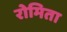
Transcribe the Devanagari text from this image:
रोमिता